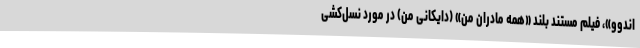
اندوو»، فيلم مستند بلند «همه مادران من» (دايكانی من) در مورد نسل‌كشی